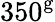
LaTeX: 350^{\mathrm{g}}